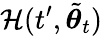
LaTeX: \mathcal{H}(t^{\prime},\tilde{{\boldsymbol{\theta}}}_{t})